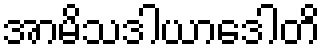
အာမိသဒါယာဒေါတိ